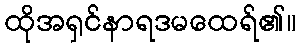
ထိုအရှင်နာရဒမထေရ်၏။